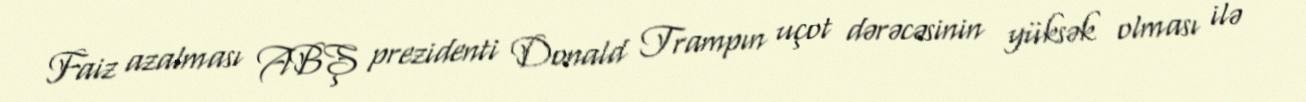
Faiz azalması ABŞ prezidenti Donald Trampın uçot dərəcəsinin yüksək olması ilə